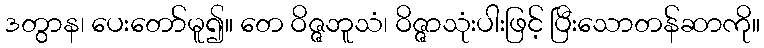
ဒတွာန၊ ပေးတော်မူ၍။ တေ ဝိဇ္ဇဘူသံ၊ ဝိဇ္ဇာသုံးပါးဖြင့် ပြီးသောတန်ဆာကို။